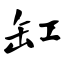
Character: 缸